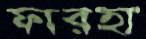
ফারহা